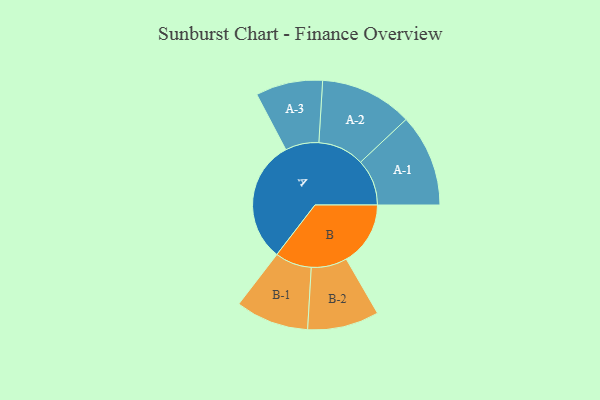
{"axis": {"x": "Segment", "y": "Value"}, "legend": ["", "A", "B"], "data": [{"x": "A", "y": 432, "type": ""}, {"x": "B", "y": 226, "type": ""}, {"x": "A-1", "y": 163, "type": "A"}, {"x": "A-2", "y": 163, "type": "A"}, {"x": "A-3", "y": 118, "type": "A"}, {"x": "B-1", "y": 129, "type": "B"}, {"x": "B-2", "y": 126, "type": "B"}]}